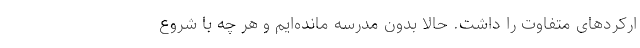
ارکردهای متفاوت را داشت. حالا بدون مدرسه مانده‌ایم و هر چه با شروع